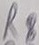
Text: R8